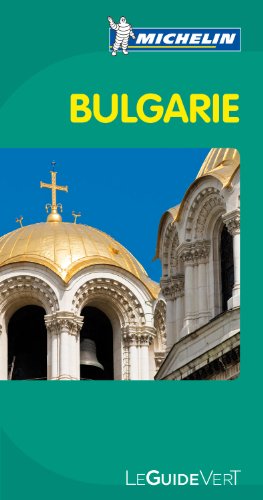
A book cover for Michelin Green Guide Bulgarie (Bulgaria) (in French) (French Edition); Michelin Travel Publications; Travel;